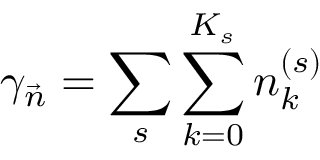
\gamma _ { \vec { n } } = \sum _ { s } \sum _ { k = 0 } ^ { K _ { s } } n _ { k } ^ { ( s ) }